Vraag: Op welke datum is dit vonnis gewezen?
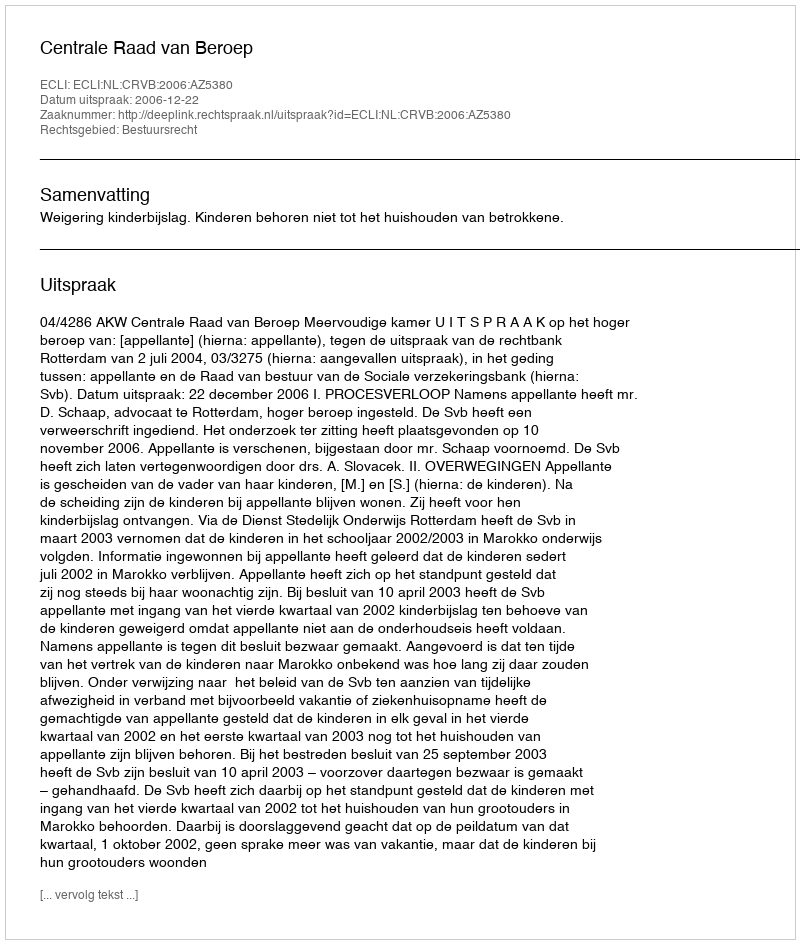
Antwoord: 2006-12-22